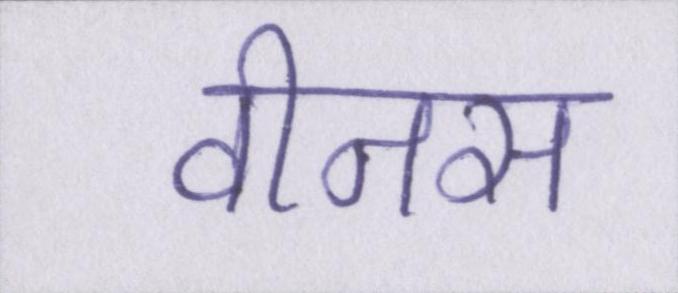
वीनस